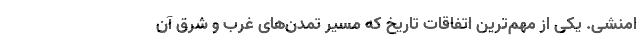
امنشی. یکی از مهم‌‌ترین اتفاقات تاریخ که مسیر تمدن‌های غرب و شرق آن